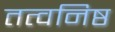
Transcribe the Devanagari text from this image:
तत्वनिष्ठ